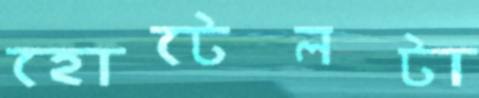
হোটেলটা